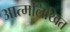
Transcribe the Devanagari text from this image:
आत्मलिखित